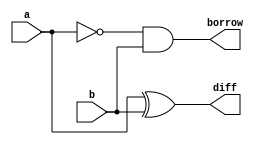
	// -------------------------
// Guia_0802 - FULL SUBTRACTOR
// Nome: Gabriel Samarane Ribeiro
// -------------------------
// -------------------------
// half difference
// -------------------------
	
// Definio do mdulo Half Subtractor
    module Half_Subtractor(input a, input b, output diff, output borrow);
        xor (diff, a, b);
        and (borrow, ~a, b);
    endmodule
    
    // Definio do mdulo Full Subtractor
    module Full_Subtractor(input a, input b, input bin, output diff, output bo);
        wire s1, b1, b2;
        Half_Subtractor hs0(a, b, s1, b1);
        Half_Subtractor hs1(s1, bin, diff, b2);
        or (bo, b1, b2);
    endmodule 
    
    // Mdulo de teste
    module Teste;
        reg  [5:0] A;
        reg  [5:0] B;
        wire [5:0] S;
        wire [5:0] c;
    
        // Atribuindo valores
        initial begin
            A = 6'b111111;
            B = 6'b010101;
        end
    
        // Instanciao do primeiro Full Subtractor
        Full_Subtractor fs0(A[0], B[0], 1'b0, S[0], c[0]);    
    
        // Instanciao dos Full Subtractor restantes
        genvar i;
        generate 
            for (i = 1; i < 6; i = i + 1) begin
                Full_Subtractor fs(A[i], B[i], c[i-1], S[i], c[i]);
            end
        endgenerate
   
    
        // Display dos resultados
        initial begin
            $display("-------------- TESTE SUBTRATOR-6-BITS ------------");
            $display("A = 111111,  B = 010101");
            #1 $display("Resultado da soma A -  B: %b", S);
        end
    endmodule